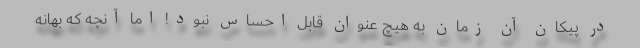
در پیکان آن زمان به هیچ عنوان قابل احساس نبود! اما آنچه که بهانه